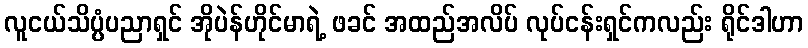
လူငယ်သိပ္ပံပညာရှင် အိုပဲန်ဟိုင်မာရဲ့ ဖခင် အထည်အလိပ် လုပ်ငန်းရှင်ကလည်း ရိုင်ဒါဟာ